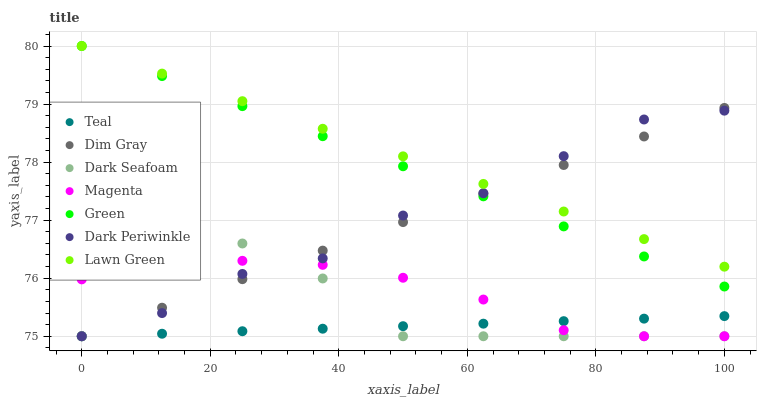
| xaxis_label | Teal | Dim Gray | Dark Seafoam | Magenta | Green | Dark Periwinkle | Lawn Green |
 | --- | --- | --- | --- | --- | --- | --- | --- |
 | 0 | 75 | 75 | 75 | 76 | 80 | 75 | 80 |
 | 12.5 | 75 | 75.5 | 76.2 | 76.2 | 79.5 | 75.4 | 79.5 |
 | 25 | 75.1 | 76 | 76.6 | 76.3 | 79 | 76.1 | 79 |
 | 37.5 | 75.1 | 76.5 | 76 | 76.2 | 78.4 | 76.3 | 78.6 |
 | 50 | 75.2 | 77 | 75 | 76 | 77.9 | 77.1 | 78.1 |
 | 62.5 | 75.2 | 77.5 | 75 | 75.6 | 77.4 | 77.5 | 77.6 |
 | 75 | 75.3 | 78 | 75 | 75.1 | 76.9 | 78.1 | 77.1 |
 | 87.5 | 75.3 | 78.4 | 75 | 75 | 76.4 | 78.7 | 76.7 |
 | 100 | 75.3 | 78.9 | 75 | 75 | 75.9 | 78.9 | 76.2 |